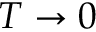
T \rightarrow 0